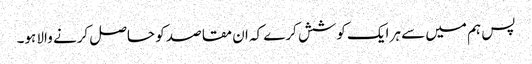
پس ہم میں سے ہر ایک کوشش کرے کہ ان مقاصد کو حاصل کرنے والا ہو۔